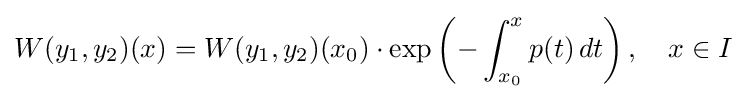
W(y_{1},y_{2})(x)=W(y_{1},y_{2})(x_{0})\cdot \exp \left(-\int _{x_{0}}^{x}p(t)\,dt\right),\quad x\in I